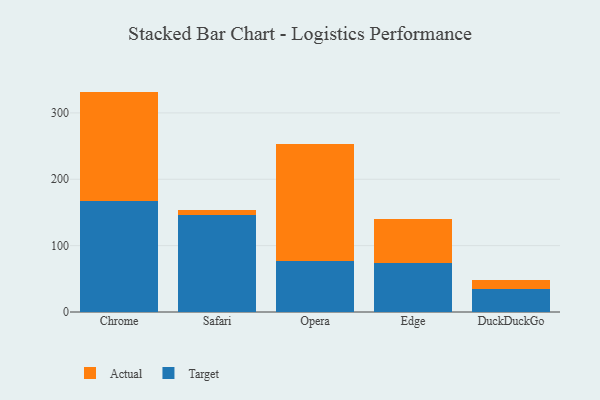
{"axis": {"x": "Browser", "y": "Temperature (°C)"}, "legend": ["Actual", "Target"], "data": [{"x": "Chrome", "y": 166.8, "type": "Target"}, {"x": "Chrome", "y": 165.3, "type": "Actual"}, {"x": "Safari", "y": 146.1, "type": "Target"}, {"x": "Safari", "y": 8.2, "type": "Actual"}, {"x": "Opera", "y": 77.2, "type": "Target"}, {"x": "Opera", "y": 175.4, "type": "Actual"}, {"x": "Edge", "y": 74.0, "type": "Target"}, {"x": "Edge", "y": 66.4, "type": "Actual"}, {"x": "DuckDuckGo", "y": 34.4, "type": "Target"}, {"x": "DuckDuckGo", "y": 13.5, "type": "Actual"}]}